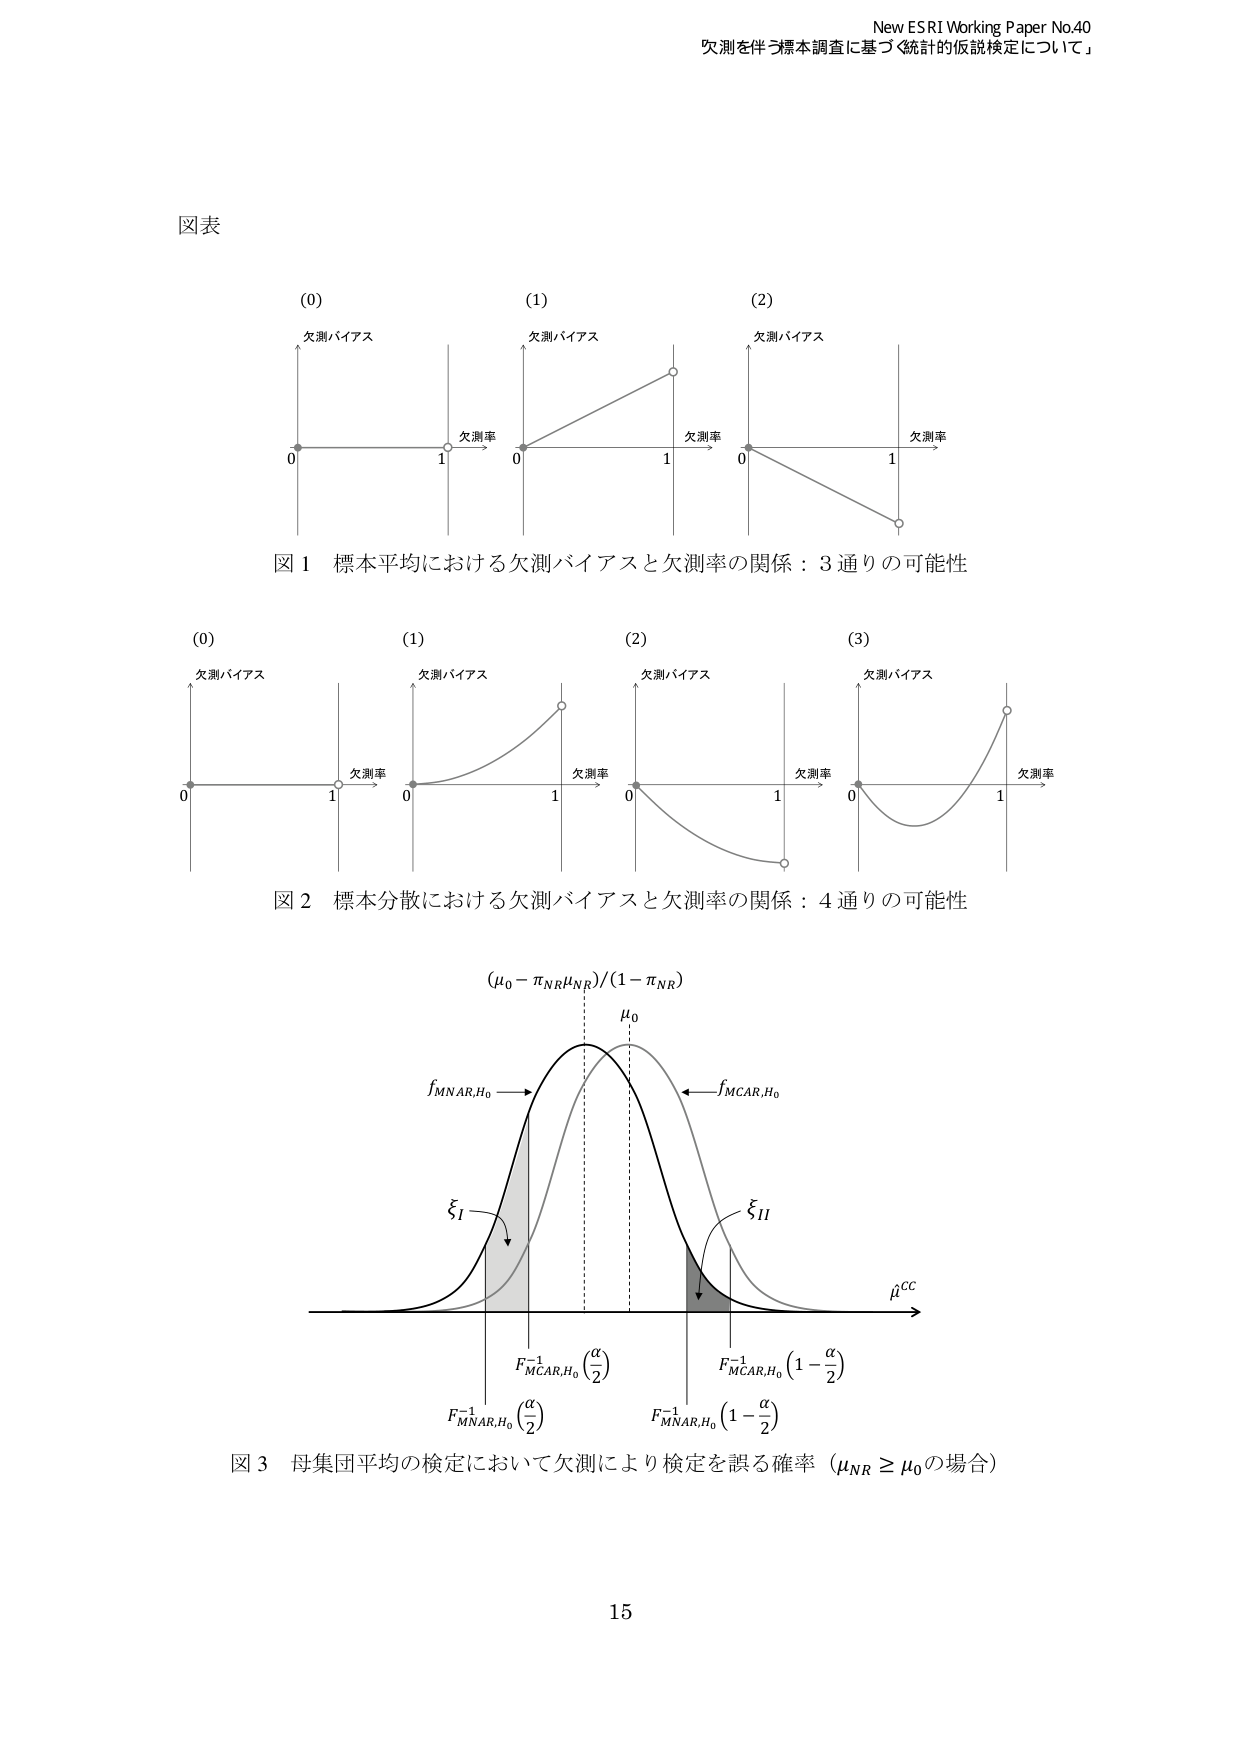
New ESRI Working Paper No.40
欠測を伴う標本調査に基づく統計的仮説検定について

図表

(0)
欠測バイアス
0 1 欠測率

(1)
欠測バイアス
0 1 欠測率

(2)
欠測バイアス
0 1 欠測率

図 1 標本平均における欠測バイアスと欠測率の関係：3通りの可能性

(0)
欠測バイアス
0 1 欠測率

(1)
欠測バイアス
0 1 欠測率

(2)
欠測バイアス
0 1 欠測率

(3)
欠測バイアス
0 1 欠測率

図 2 標本分散における欠測バイアスと欠測率の関係：4通りの可能性

(μ₀ − π_NRμ_NR)/(1 − π_NR)
μ₀
f_MNAR,H₀ ←→ f_MCAR,H₀
ξ_I
ξ_II
μ̂^CC
F_MCAR,H₀^(-1)(α/2)
F_MNAR,H₀^(-1)(α/2)
F_MCAR,H₀^(-1)(1 − α/2)
F_MNAR,H₀^(-1)(1 − α/2)

図 3 母集団平均の検定において欠測により検定を誤る確率（μ_NR ≥ μ₀の場合）

15